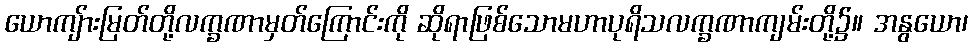
ယောကျ်ားမြတ်တို့လက္ခဏာမှတ်ကြောင်းကို ဆိုရာဖြစ်သောမဟာပုရိသလက္ခဏာကျမ်းတို့၌။ အနွယော၊